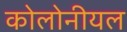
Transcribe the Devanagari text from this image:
कोलोनीयल